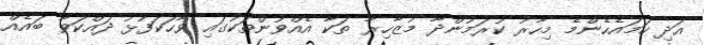
އަދި ހަމައެހެންމެ މިހާރު ކުރަމުންދާ މުޒާހިރާ ތަކާ އެއްވުންތަކުގައި ވާހަކަފުޅު ދައްކަވާ ބައެއް